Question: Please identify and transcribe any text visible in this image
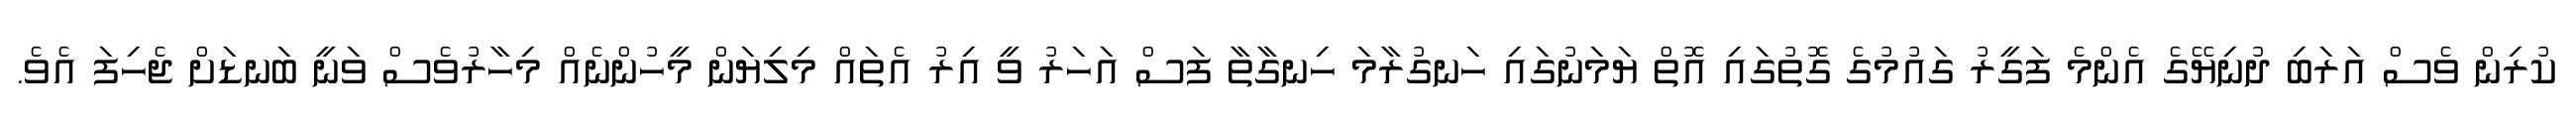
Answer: ކުރިން ވެސް އަރަބި ދުނިޔޭގެ އެންމެ ފަގީރު ގައުމުގެ ގޮތުގައި އޮތް ޔަމަނުގައި ހަނގުރާމަ ހިނގާތާ ފަސް އަހަރު ވީ އިރު އެތައް މިލިޔަން މީހުންނެއް މިހާރުވެސް ވަނީ ބަނޑަށް ޖެހިފަ އެވެ.